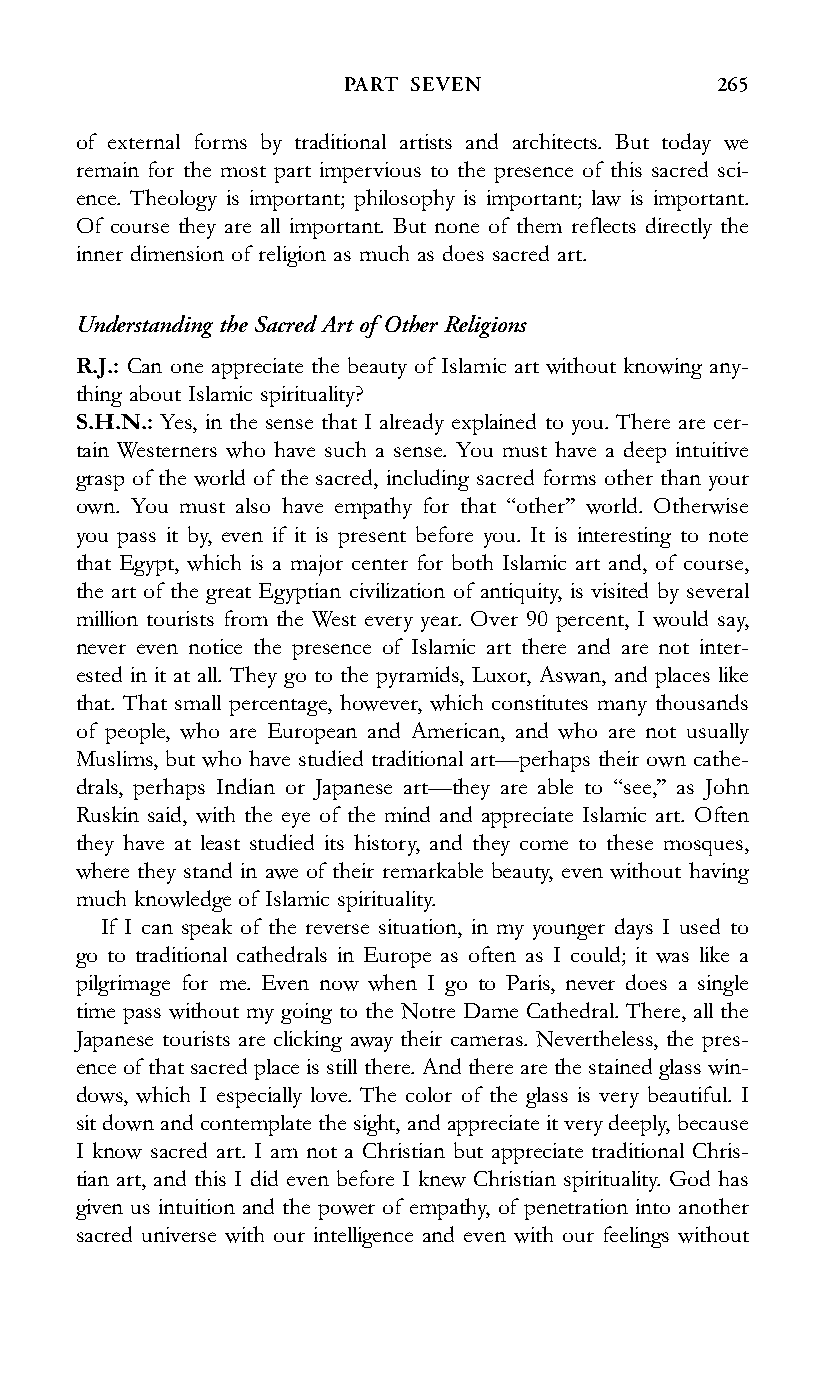
PART SEVEN               265
 of external forms by traditional artists and architects. But today we
 remain for the most part impervious to the presence of this sacred sci-
 ence. Theology is important; philosophy is important; law is important.
 Of course they are all important. But none of them reflects directly the
 inner dimension of religion as much as does sacred art.
 Understanding the Sacred Art of Other Religions
 R.J.: Can one appreciate the beauty of Islamic art without knowing any-
 thing about Islamic spirituality?
 S.H.N.: Yes, in the sense that I already explained to you. There are cer-
 tain Westerners who have such a sense. You must have a deep intuitive
 grasp of the world of the sacred, including sacred forms other than your
 own. You must also have empathy for that ‘‘other’’ world. Otherwise
 you pass it by, even if it is present before you. It is interesting to note
 that Egypt, which is a major center for both Islamic art and, of course,
 the art of the great Egyptian civilization of antiquity, is visited by several
 million tourists from the West every year. Over 90 percent, I would say,
 never even notice the presence of Islamic art there and are not inter-
 ested in it at all. They go to the pyramids, Luxor, Aswan, and places like
 that. That small percentage, however, which constitutes many thousands
 of people, who are European and American, and who are not usually
 Muslims, but who have studied traditional art—perhaps their own cathe-
 drals, perhaps Indian or Japanese art—they are able to ‘‘see,’’ as John
 Ruskin said, with the eye of the mind and appreciate Islamic art. Often
 they have at least studied its history, and they come to these mosques,
 where they stand in awe of their remarkable beauty, even without having
 much knowledge of Islamic spirituality.
 If I can speak of the reverse situation, in my younger days I used to
 go to traditional cathedrals in Europe as often as I could; it was like a
 pilgrimage for me. Even now when I go to Paris, never does a single
 time pass without my going to the Notre Dame Cathedral. There, all the
 Japanese tourists are clicking away their cameras. Nevertheless, the pres-
 ence of that sacred place is still there. And there are the stained glass win-
 dows, which I especially love. The color of the glass is very beautiful. I
 sit down and contemplate the sight, and appreciate it verydeeply, because
 I know sacred art. I am not a Christian but appreciate traditional Chris-
 tian art, and this I did even before I knew Christian spirituality. God has
 given us intuition and the power of empathy, of penetration into another
 sacred universe with our intelligence and even with our feelings without